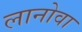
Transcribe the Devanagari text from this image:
लानोवा